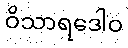
ဝိသာရဒေါဝ